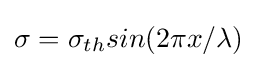
\sigma =\sigma _{th}sin(2\pi x/\lambda )